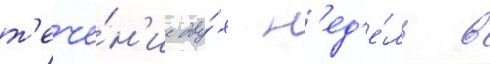
т'ече́н'ие дву́х н'ед'е́ль в